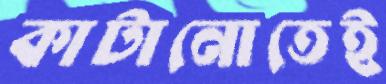
কাটানোতেই